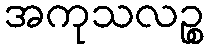
အကုသလဉ္စ